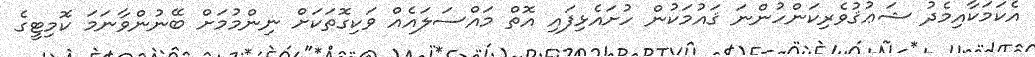
އެކަމަކާއިމެދު ޝަޢުޤުވެރިކަންހުންނަ ޤައުމަކުން ހުށައެޅިފައި އޮތް މައްސަލައެއް ވަކިގޮތަކަށް ނިންމުމަށް ބޭނުންވާނަމަ ކޮމިޓީގެ